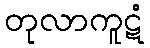
တုလာကူဋံ